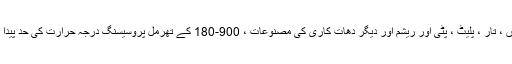
304 سٹینلیس اسٹیل میں اچھی سردی ، تھرمل پروسیسنگ کی کارکردگی ہے ، جعلی مواد ، سلاخوں ، تار ، پلیٹ ، پٹی اور ریشم اور دیگر دھات کاری کی مصنوعات ، 900-180 کے تھرمل پروسیسنگ درجہ حرارت کی حد پیدا کرنے کے لئے مختلف قسم کے عام سردی ، تھرمل پروسیسنگ ٹکنالوجی کا استعمال کرسکتے ہیں۔